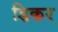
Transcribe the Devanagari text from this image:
डिकर